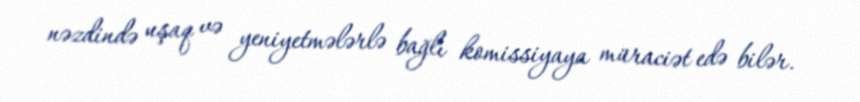
nəzdində uşaq və yeniyetmələrlə bağlı komissiyaya müraciət edə bilər.